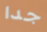
جدا